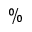
\%